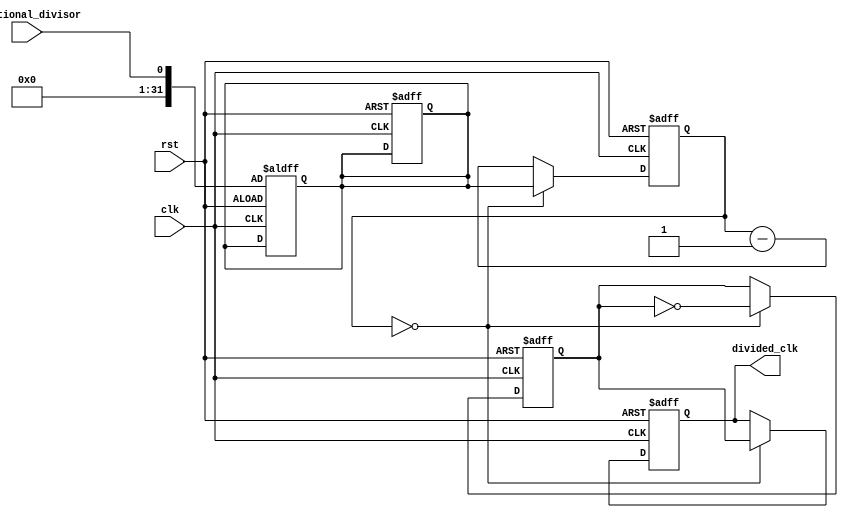
module fractional_clock_divider (
    input clk,
    input rst,
    input fractional_divisor,
    output reg divided_clk
);

reg [31:0] counter;
reg [31:0] divisor;
reg sync_clk;

always @(posedge clk or posedge rst) begin
    if (rst) begin
        counter <= 0;
        divisor <= 0;
        sync_clk <= 0;
        divided_clk <= 0;
    end else begin
        if (counter == 0) begin
            counter <= divisor;
            sync_clk <= ~sync_clk;
            divided_clk <= sync_clk;
        end else begin
            counter <= counter - 1;
        end
    end
end

always @(posedge clk or posedge rst) begin
    if (rst) begin
        divisor <= fractional_divisor;
    end
end

endmodule